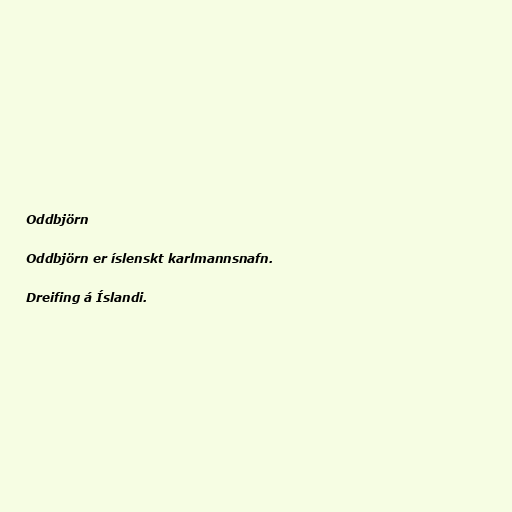
Oddbjörn

Oddbjörn er íslenskt karlmannsnafn.

Dreifing á Íslandi.